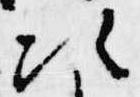
次